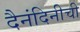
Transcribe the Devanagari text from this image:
दैनंदिनीची